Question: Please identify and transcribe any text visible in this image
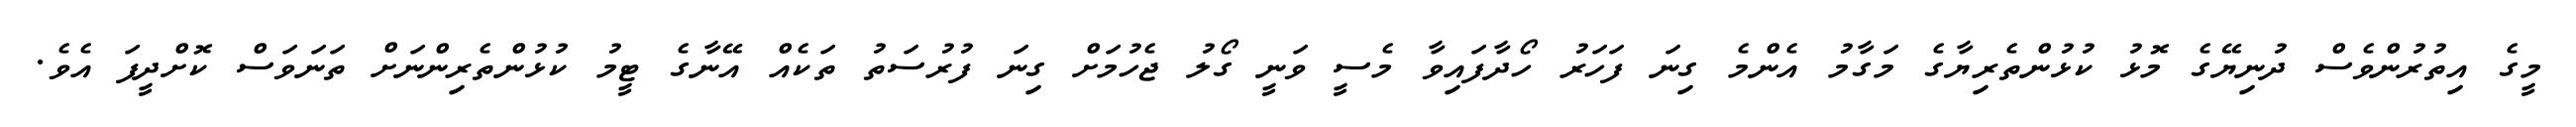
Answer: މީގެ އިތުރުންވެސް ދުނިޔޭގެ މޮޅު ކުޅުންތެރިޔާގެ މަގާމު އެންމެ ގިނަ ފަހަރު ހޯދާފައިވާ މެސީ ވަނީ ގޯލު ޖެހުމަށް ގިނަ ފުރުސަތު ތަކެއް އޭނާގެ ޓީމު ކުޅުންތެރިންނަށް ތަނަވަސް ކޮށްދީފަ އެވެ.